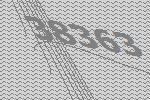
38363